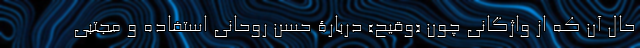
حال آن که از واژگانی چون «وقیح» دربارۀ حسن روحانی استفاده و مجتبی